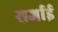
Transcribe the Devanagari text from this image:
सर्जाई